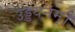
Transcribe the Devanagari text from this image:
उड्डयनम्।